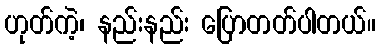
ဟုတ်ကဲ့၊ နည်းနည်း ပြောတတ်ပါတယ်။